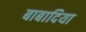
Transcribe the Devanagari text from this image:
बाबादिया